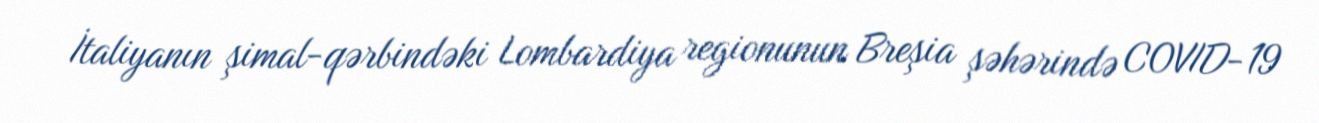
İtaliyanın şimal-qərbindəki Lombardiya regionunun Breşia şəhərində COVID-19